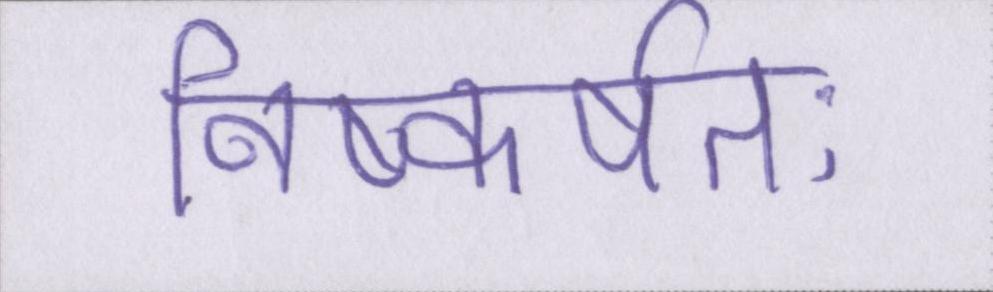
निष्कर्षतः